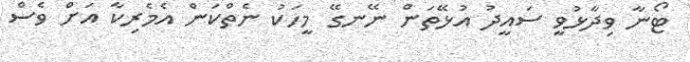
ޓޯނާ ވިދާޅުވީ ސައީދު އުޅޭތަން ނޭނގޭ މީހަކު ނެތްކަން އެމެރިކާ އަށް ވެސް